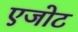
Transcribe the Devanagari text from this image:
एजोट